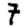
Digit: 7